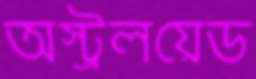
অস্ট্রলয়েড